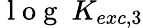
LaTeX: \mathrm{~l~o~g~}~K_{exc,3}